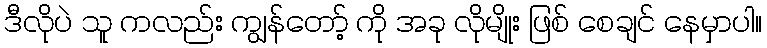
ဒီလိုပဲ သူ ကလည်း ကျွန်တော့် ကို အခု လိုမျိုး ဖြစ် စေချင် နေမှာပါ။